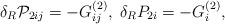
LaTeX: \begin{align*}\delta _R{\cal P}_{2ij}=-G_{ij}^{(2)},\;\delta_RP_{2i}=-G_i^{(2)},\end{align*}